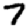
Digit: 7